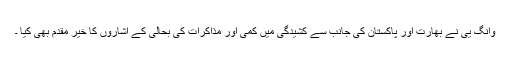
وانگ یی نے بھارت اور پاکستان کی جانب سے کشیدگی میں کمی اور مذاکرات کی بحالی کے اشاروں کا خیر مقدم بھی کیا ۔